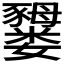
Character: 𫲜